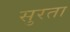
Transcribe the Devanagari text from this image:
सुरता